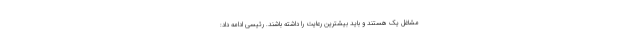
مشاغل یک هستند و باید بیشترین رعایت را داشته باشند. رئیسی ادامه داد: